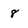
Character: 8